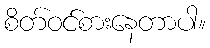
စိတ်ဝင်စားနေတာပါ။